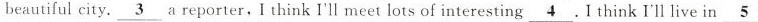
beautiful city,\underline{3} a reporter, I think I'll meet lots of interesting \underline{4},I think I'll live in \underline{5}